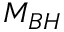
M _ { B H }